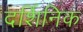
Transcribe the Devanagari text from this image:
दर्शिनिक